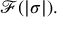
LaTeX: { \mathcal { F } } ( | \sigma | ) .